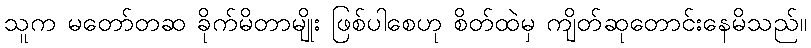
သူက မတော်တဆ ခိုက်မိတာမျိုး ဖြစ်ပါစေဟု စိတ်ထဲမှ ကျိတ်ဆုတောင်းနေမိသည်။